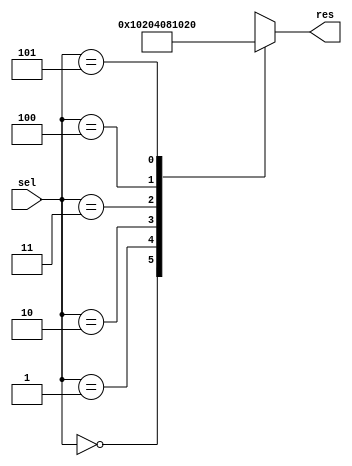
module mux (sel, res);
  input [2:0] sel;
  output [7:0] res;
  reg [7:0] res;

  always @(sel or res)
  begin
    case (sel)
      3'b000 : res = 8'b00000001;
      3'b001 : res = 8'b00000010;
      3'b010 : res = 8'b00000100;
      3'b011 : res = 8'b00001000;
      3'b100 : res = 8'b00010000;
      3'b101 : res = 8'b00100000;
      // 110 and 111 selector values are unused
      default : res = 8'bxxxxxxxx;
    endcase
  end
endmodule